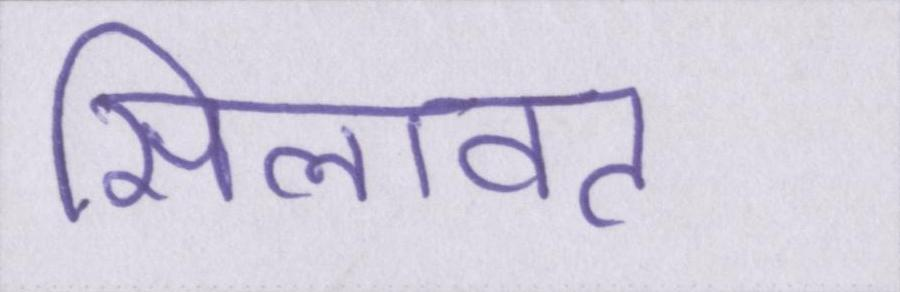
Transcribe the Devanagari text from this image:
सिलावट